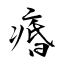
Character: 痻